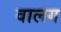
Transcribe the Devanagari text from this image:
वालग